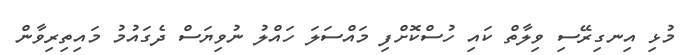
މުޅި އިނގިރޭސި ވިލާތް ކައި ހުސްކޮށްފި މައްސަލަ ހައްލު ނުވިޔަސް ދެގައުމު މައިތިރިވާން